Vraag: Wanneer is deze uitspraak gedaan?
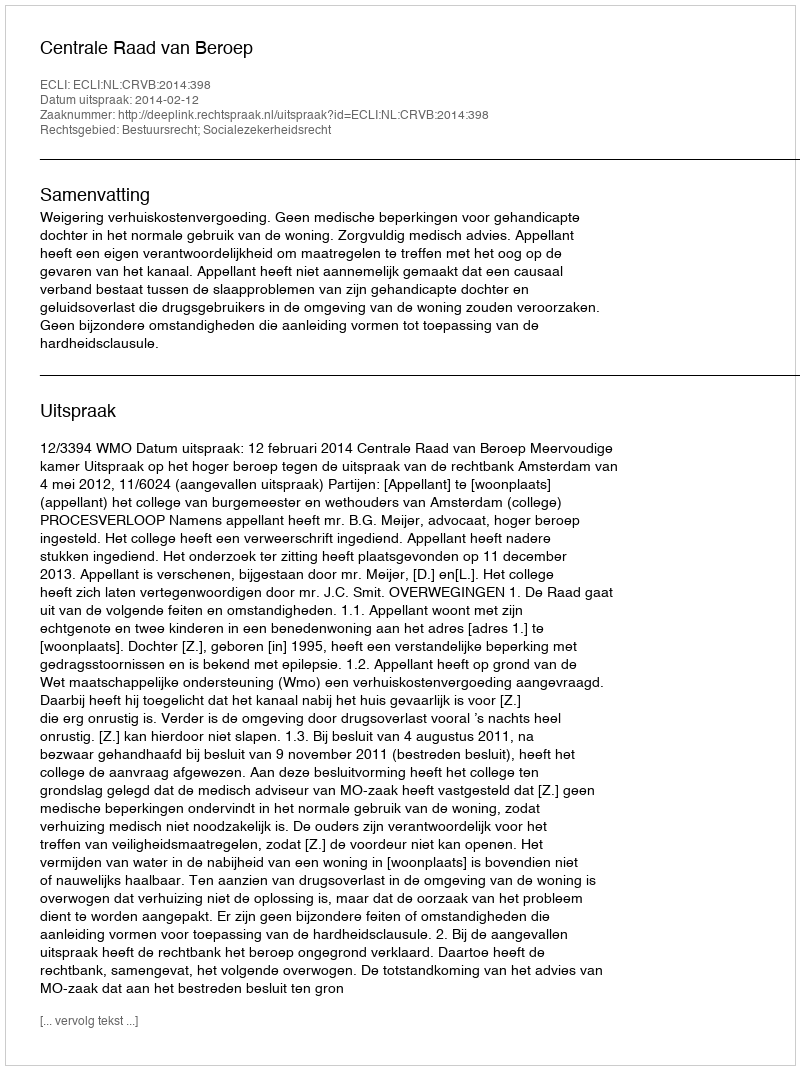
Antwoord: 2014-02-12